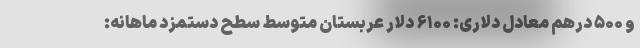
و ۵۰۰ درهم معادل دلاری: ۶۱۰۰ دلار عربستان متوسط سطح دستمزد ماهانه: